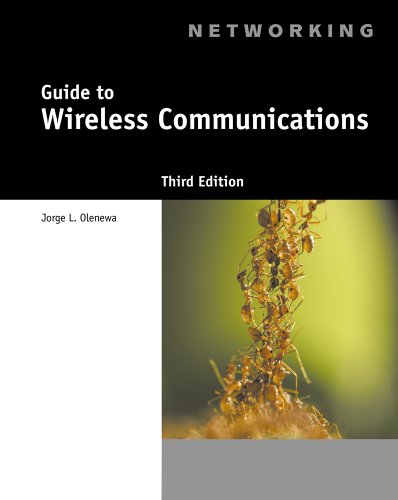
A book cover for Guide to Wireless Communications; Jorge Olenewa; Crafts, Hobbies & Home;